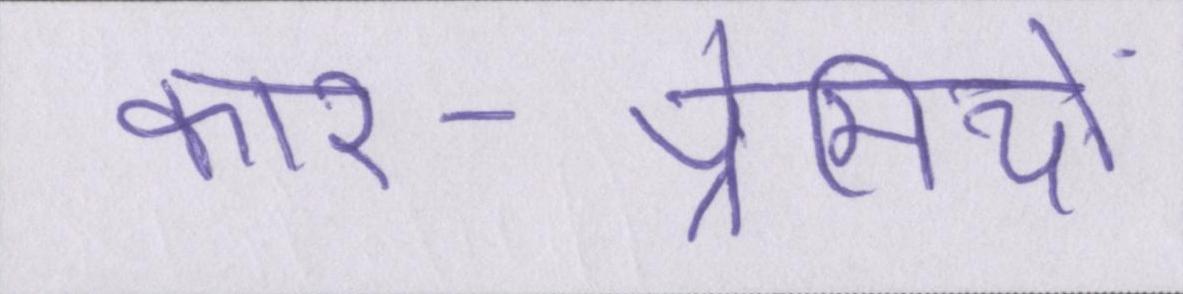
कार-प्रेमियों